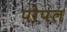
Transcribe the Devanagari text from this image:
पोपल